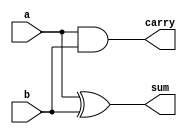
`timescale 1ns / 1ps
module a1_to_2_decoder(a, b, sum, carry);
input a, b;
output sum, carry;

assign sum = a ^ b;
assign carry = a & b;
endmodule